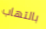
بالتهاب